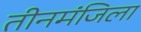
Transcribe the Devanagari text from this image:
तीनमंजिला